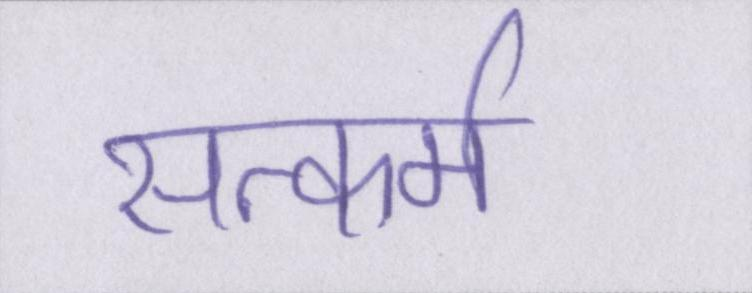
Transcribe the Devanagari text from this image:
सत्कर्म